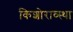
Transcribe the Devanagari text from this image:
किशोराव्स्था